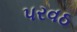
પરવઠ